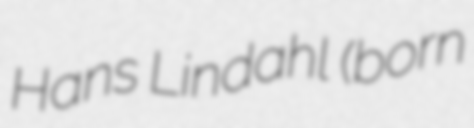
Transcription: Hans Lindahl (born